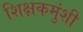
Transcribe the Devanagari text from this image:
शिक्षकमुंशी